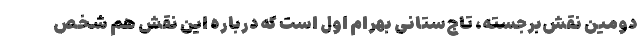
دومین نقش‌برجسته، تاج‌ستانی بهرام اول است که درباره این نقش هم شخص